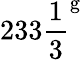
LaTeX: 233{\frac{1}{3}}^{\mathrm{g}}